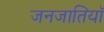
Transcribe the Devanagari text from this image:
जनजातियॉं